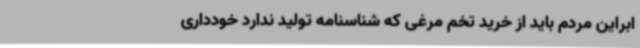
ابراین مردم باید از خرید تخم مرغی که شناسنامه تولید ندارد خودداری